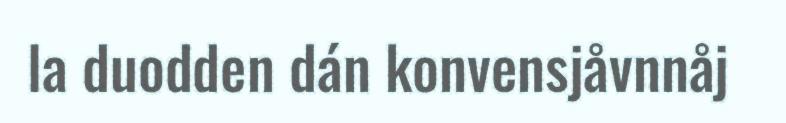
la duodden dán konvensjåvnnåj